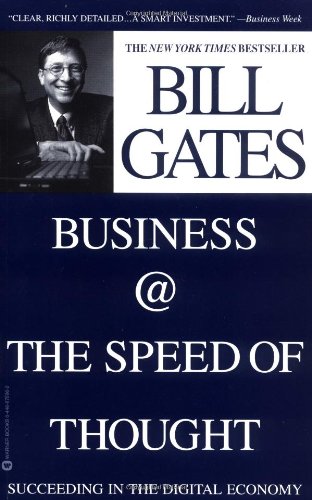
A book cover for Business @ the Speed of Thought: Succeeding in the Digital Economy; Bill H. Gates; Computers & Technology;